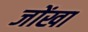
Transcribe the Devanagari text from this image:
जोंखा